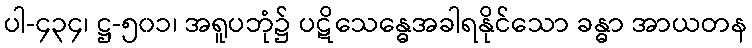
ပါ-၄၃၄၊ ဋ္ဌ-၅၀၁၊ အရူပဘုံ၌ ပဋိသေန္ဓေအခါရနိုင်သော ခန္ဓာ အာယတန